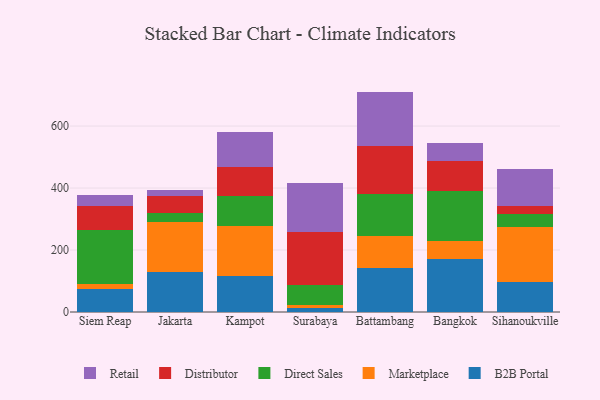
{"axis": {"x": "City", "y": "Waste Production (Tons)"}, "legend": ["B2B Portal", "Direct Sales", "Distributor", "Marketplace", "Retail"], "data": [{"x": "Siem Reap", "y": 74.4, "type": "B2B Portal"}, {"x": "Siem Reap", "y": 16.7, "type": "Marketplace"}, {"x": "Siem Reap", "y": 173.1, "type": "Direct Sales"}, {"x": "Siem Reap", "y": 76.4, "type": "Distributor"}, {"x": "Siem Reap", "y": 37.0, "type": "Retail"}, {"x": "Jakarta", "y": 128.1, "type": "B2B Portal"}, {"x": "Jakarta", "y": 163.9, "type": "Marketplace"}, {"x": "Jakarta", "y": 26.7, "type": "Direct Sales"}, {"x": "Jakarta", "y": 56.4, "type": "Distributor"}, {"x": "Jakarta", "y": 18.8, "type": "Retail"}, {"x": "Kampot", "y": 116.7, "type": "B2B Portal"}, {"x": "Kampot", "y": 160.8, "type": "Marketplace"}, {"x": "Kampot", "y": 97.3, "type": "Direct Sales"}, {"x": "Kampot", "y": 93.2, "type": "Distributor"}, {"x": "Kampot", "y": 111.8, "type": "Retail"}, {"x": "Surabaya", "y": 11.8, "type": "B2B Portal"}, {"x": "Surabaya", "y": 9.6, "type": "Marketplace"}, {"x": "Surabaya", "y": 65.7, "type": "Direct Sales"}, {"x": "Surabaya", "y": 170.6, "type": "Distributor"}, {"x": "Surabaya", "y": 160.1, "type": "Retail"}, {"x": "Battambang", "y": 143.4, "type": "B2B Portal"}, {"x": "Battambang", "y": 102.2, "type": "Marketplace"}, {"x": "Battambang", "y": 134.9, "type": "Direct Sales"}, {"x": "Battambang", "y": 155.5, "type": "Distributor"}, {"x": "Battambang", "y": 175.3, "type": "Retail"}, {"x": "Bangkok", "y": 172.3, "type": "B2B Portal"}, {"x": "Bangkok", "y": 56.7, "type": "Marketplace"}, {"x": "Bangkok", "y": 160.9, "type": "Direct Sales"}, {"x": "Bangkok", "y": 97.1, "type": "Distributor"}, {"x": "Bangkok", "y": 58.3, "type": "Retail"}, {"x": "Sihanoukville", "y": 95.8, "type": "B2B Portal"}, {"x": "Sihanoukville", "y": 179.4, "type": "Marketplace"}, {"x": "Sihanoukville", "y": 40.4, "type": "Direct Sales"}, {"x": "Sihanoukville", "y": 27.0, "type": "Distributor"}, {"x": "Sihanoukville", "y": 117.8, "type": "Retail"}]}